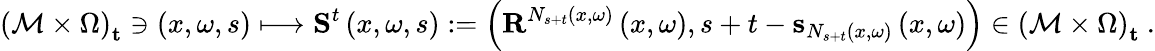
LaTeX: \left(\mathcal{M}\times\Omega\right)_{\mathbf{t}}\ni\left(x,\omega,s\right)\longmapsto\mathbf{S}^{t}\left(x,\omega,s\right):=\left(\mathbf{R}^{N_{s+t}\left(x,\omega\right)}\left(x,\omega\right),s+t-\mathbf{s}_{N_{s+t}\left(x,\omega\right)}\left(x,\omega\right)\right)\in\left(\mathcal{M}\times\Omega\right)_{\mathbf{t}}\ .